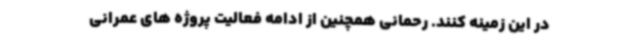
در این زمینه کنند. رحمانی همچنین از ادامه فعالیت پروژه های عمرانی